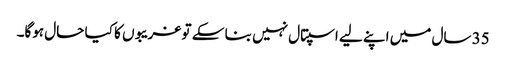
35 سال میں اپنے لیے اسپتال نہیں بنا سکے تو غریبوں کا کیا حال ہوگا۔